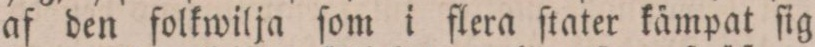
af den folkwilja ſom i flera ſtater kämpat ſig